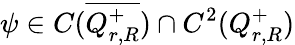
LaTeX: \psi\in C(\overline{{Q_{r,R}^{+}}})\cap C^{2}(Q_{r,R}^{+})